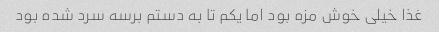
غذا خیلی خوش مزه بود اما یکم تا به دستم برسه سرد شده بود